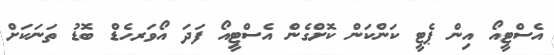
އެސްޓީއޯ އިން ޕެޓީ ކަންކަން ކޮށްގެން އެސްޓީއޯ ފަދަ އޯވަރހެޑް ބޮޑު ތަނަކަށް